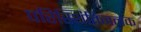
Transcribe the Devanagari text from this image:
परिस्थितिजनक